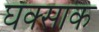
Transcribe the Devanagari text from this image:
घक्साक